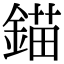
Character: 錨